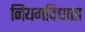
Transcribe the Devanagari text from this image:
नियमविधाता